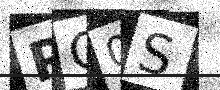
Text: PC0S